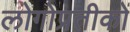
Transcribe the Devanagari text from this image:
लोगोप्रतीकों